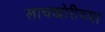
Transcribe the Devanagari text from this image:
लाचखोरीच्या